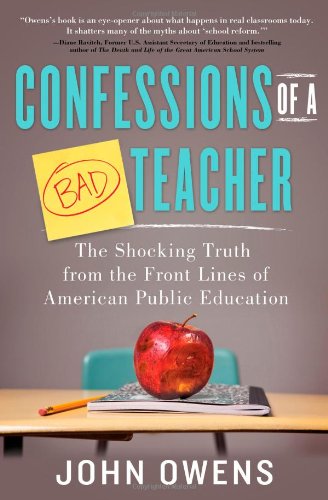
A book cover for Confessions of a Bad Teacher: The Shocking Truth from the Front Lines of American Public Education; John Owens; Biographies & Memoirs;